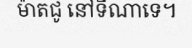
ម៉ាតជូ នៅទីណាទេ។